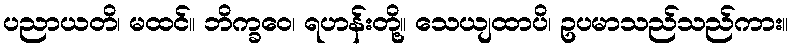
ပညာယတိ၊ မထင်။ ဘိက္ခဝေ၊ ရဟန်းတို့။ သေယျထာပိ၊ ဥပမာသည်သည်ကား။